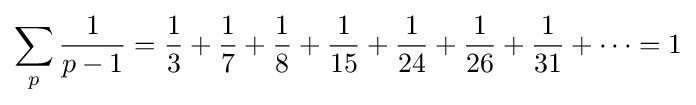
\sum _{p}{\frac {1}{p-1}}={{\frac {1}{3}}+{\frac {1}{7}}+{\frac {1}{8}}+{\frac {1}{15}}+{\frac {1}{24}}+{\frac {1}{26}}+{\frac {1}{31}}}+\cdots =1